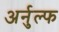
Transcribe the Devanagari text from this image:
अर्नुल्फ